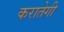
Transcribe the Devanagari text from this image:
करातेगी